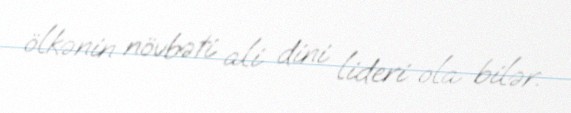
ölkənin növbəti ali dini lideri ola bilər.